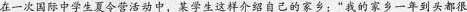
在一次国际中学生夏令营活动中，某学生这样介绍自己的家乡：”我的家乡一年到头都很